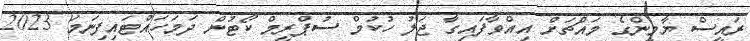
ރައީސް ޔާމީންގެ މައްޗަށް އިއްވާފައިގާ ޖަލު ހުކުމް ސުޕްރީމް ކޯޓުން ދަމަހައްޓައިފިނަމަ 2023